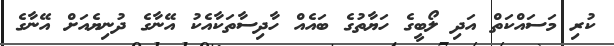
ކުރި މަސައްކަތް އަދި ލޯބީގެ ހަޔާތުގެ ބައެއް ހާދިސާތަކާއެކު އޭނާގެ ދުނިޔެއަށް އޭނާގެ